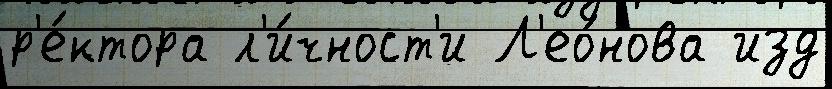
р'е́ктора л'и́чност'и Л'ео́нова изд